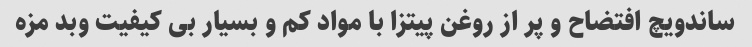
ساندویچ افتضاح و پر از روغن پیتزا با مواد کم و بسیار بی کیفیت وبد مزه